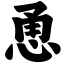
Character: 恿